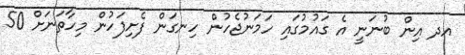
އދ އިން ބުނަނީ އެ ގައުމުގައި ހަމަނުޖެހުން ހިނގަން ފެށިފަހުން މިހާތަނަށް 50